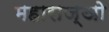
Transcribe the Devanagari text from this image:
महाराज्ञो